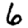
Digit: 6